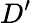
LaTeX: D’